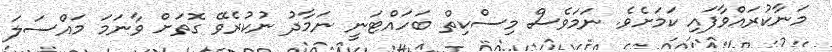
މަނާކުރައްވާފައި ކަމަށެވެ. ނަމަވެސް މިސްކިތް ބަހައްޓަނީ ނަމާދު ނުކުރެވޭ ގޮތަށް ވާނަމަ މައްސަލަ